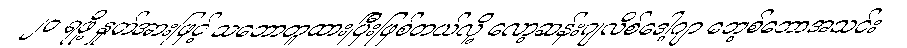
၂၀ ရဖို့ နှုတ်အားဖြင့် သဘောတူထားပြီးဖြစ်တယ်လို့ လော့ဆန်းဂျလိစ်ဒေါ့ဂျာ ဘေ့စ်ဘောအသင်း